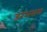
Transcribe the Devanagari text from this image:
डरअसल